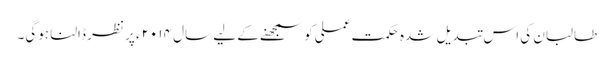
طالبان کی اس تبدیل شدہ حکمتِ عملی کو سمجھنے کے لیے سال ۲۰۱۴ء پر نظر ڈالنا ہوگی۔